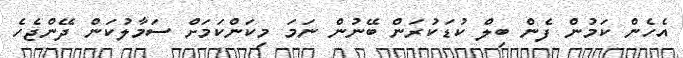
އެހެން ކަމުން ފެން ބިލް ކުޑަކުރަން ބޭނުން ނަމަ މިކަންކަމަށް ސަމާލުކަން ދޭންޖެހެ